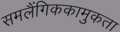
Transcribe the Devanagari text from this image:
समलैंगिककामुकता